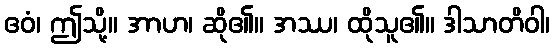
ဧဝံ၊ ဤသို့။ အာဟ၊ ဆို၏။ အဿ၊ ထိုသူ၏။ ဒါသာတိဝါ၊